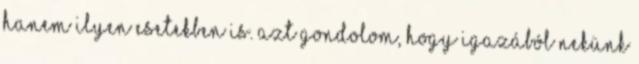
hanem ilyen esetekben is. Azt gondolom, hogy igazából nekünk